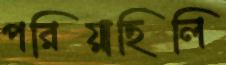
পরিয়াছিলি